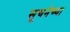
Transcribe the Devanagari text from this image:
सूचनेच्या